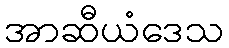
အာဆီယံဒေသ